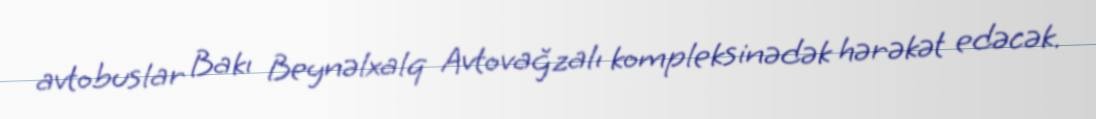
avtobuslar Bakı Beynəlxalq Avtovağzalı kompleksinədək hərəkət edəcək.